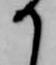
か